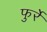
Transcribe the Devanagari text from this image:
फुर्रे